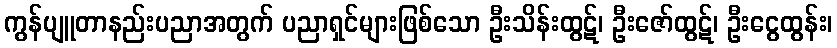
ကွန်ပျူတာနည်းပညာအတွက် ပညာရှင်များဖြစ်သော ဦးသိန်းထွဋ်၊ ဦးဇော်ထွဋ်၊ ဦးငွေထွန်း၊